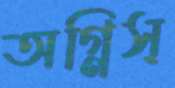
অগ্নিস্